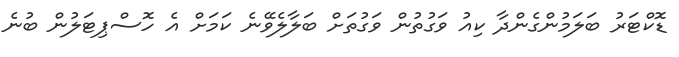
ޑޮކްޓަރު ބަލަމުންގެންދާ ކިއު ވަގުތުން ވަގުތަށް ބަލާލެވޭނެ ކަމަށް އެ ހޮސްޕިޓަލުން ބުނެ